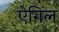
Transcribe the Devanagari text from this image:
ऐगिल